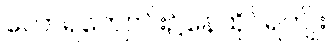
တောရကျောင်း၌နေထိုင်ရကျိုး